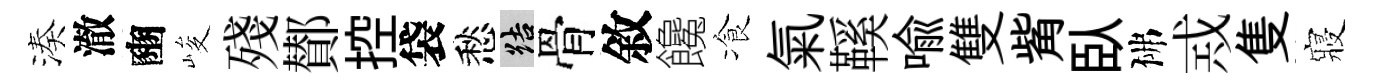
湊澈豳峻殘鄼控袋愁結骨敘饞飡氣鞵喻雙觜臥佛𢦶隻寢